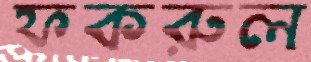
ফকরুল